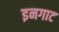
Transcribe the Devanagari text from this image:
इनगाट